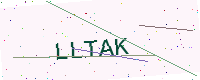
Text: LLTAK